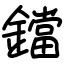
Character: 鐺